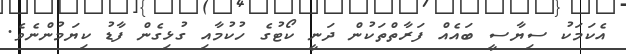
އެކަމަކު ސިޔާސީ ބައެއް ފަރާތްތަކުން ދަނީ ކޯޓުގެ ހުކުމާއި ގުޅިގެން ފާޑު ކިޔަމުންނެވެ.